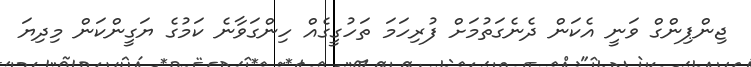
ޖިންޕިންގް ވަނީ އެކަން ދެނެގަތުމަށް ފުރިހަމަ ތަހުގީގެއް ހިންގަވާނެ ކަމުގެ ޔަގީންކަން މިދިޔަ